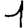
Digit: 1